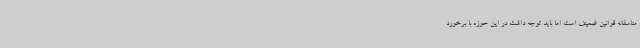
متاسفانه قوانین ضعیف است اما باید توجه داشت در این حوزه با برخورد